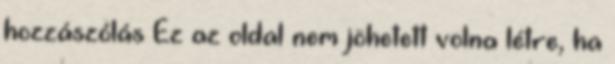
hozzászólás Ez az oldal nem jöhetett volna létre, ha